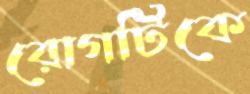
রোগটিকে